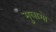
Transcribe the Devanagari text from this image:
मुलागो